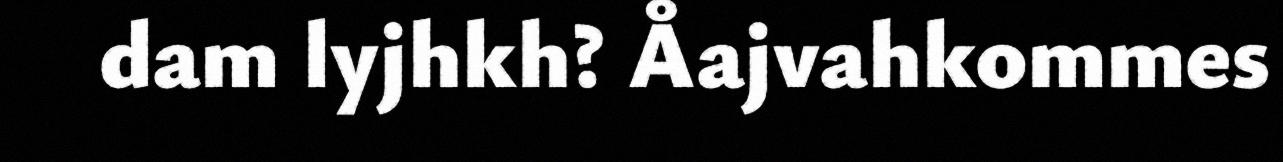
dam lyjhkh? Åajvahkommes